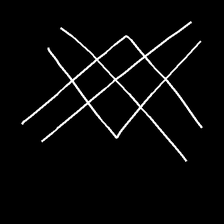
Glyph: crystal